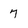
Character: 7